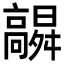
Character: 𮪻